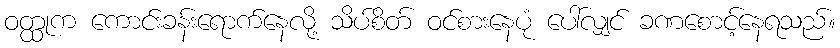
ဝတ္ထုက ကောင်းခန်းရောက်နေလို့ သိပ်စိတ် ဝင်စားနေပုံ ပေါ်လျှင် ခဏစောင့်နေရသည်။